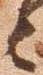
々